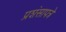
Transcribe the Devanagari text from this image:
प्रशंसापत्रे